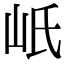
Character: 㞴